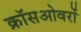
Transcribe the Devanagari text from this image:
क्रॉसओवरों